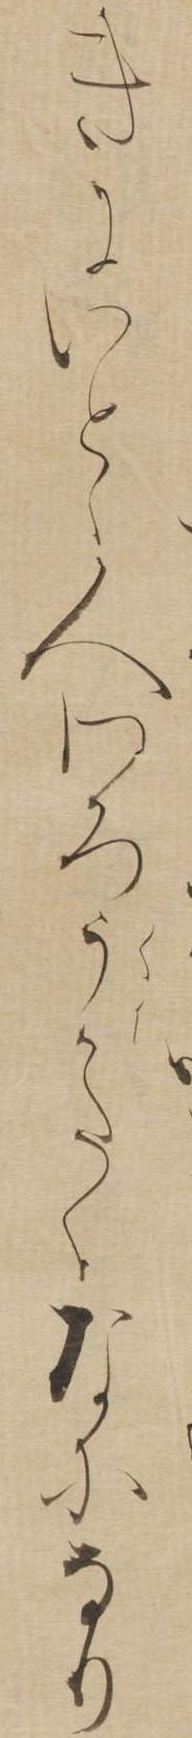
きにいとゝ人わろうかたくなになり